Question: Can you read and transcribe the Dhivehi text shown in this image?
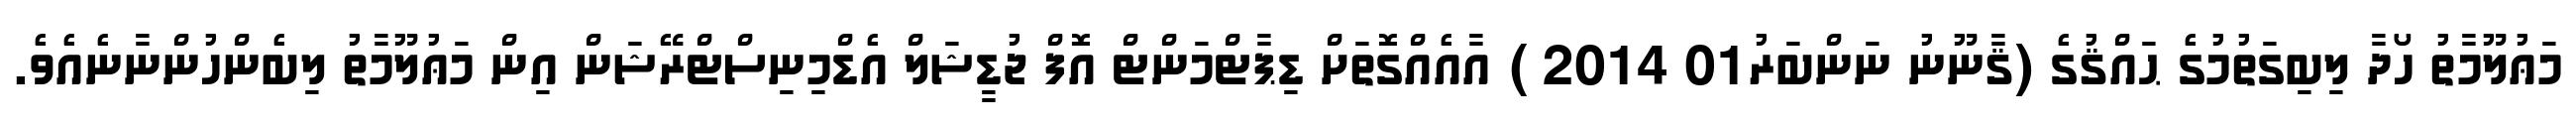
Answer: މަޢުލޫމާތު ހޯދާ ލިބިގަތުމުގެ ޙައްޤުގެ (ޤާނޫނު ނަންބަރު01 2014 ) އާއެއްގޮތަށް ޑިޕާޓްމަންޓް އޮފް ޖުޑީޝަލް އެޑްމިނިސްޓްރޭޝަން އިން މަޢުލޫމާތު ލިބެންހުންނާނެއެވެ.